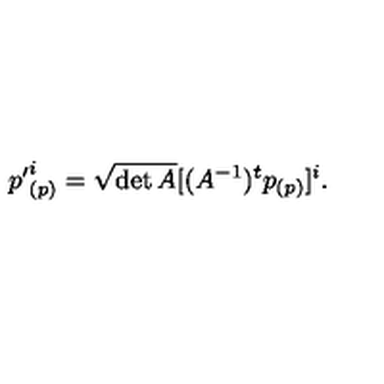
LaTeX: { p ^ { \prime } } _ { ( p ) } ^ { i } = \sqrt { \det A } [ ( A ^ { - 1 } ) ^ { t } p _ { ( p ) } ] ^ { i } .